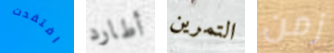
افتقدت أطارد التمرين زمن